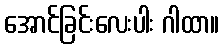
အောင်ခြင်းလေးပါး ဂါထာ။